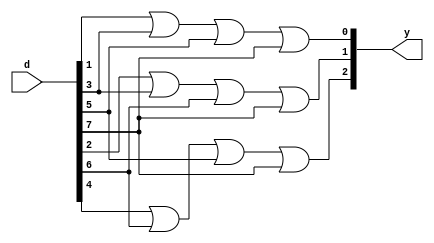
`timescale 1ns / 1ps
module encoder_83(d,y);
input [7:0]d;
output [2:0]y;
assign y[0]=d[1]|d[3]|d[5]|d[7];
assign y[1]=d[2]|d[3]|d[6]|d[7];
assign y[2]=d[4]|d[6]|d[5]|d[7];
endmodule